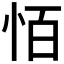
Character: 𪫮